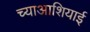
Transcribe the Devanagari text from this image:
च्याआशियाई